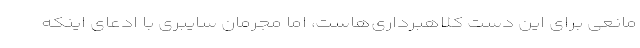
مانعی برای این دست کلاهبرداری‌هاست، اما مجرمان سایبری با ادعای اینکه